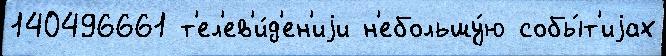
140496661 т'ел'ев'и́д'ен'иjи н'ебольшу́ю собы́т'иjах